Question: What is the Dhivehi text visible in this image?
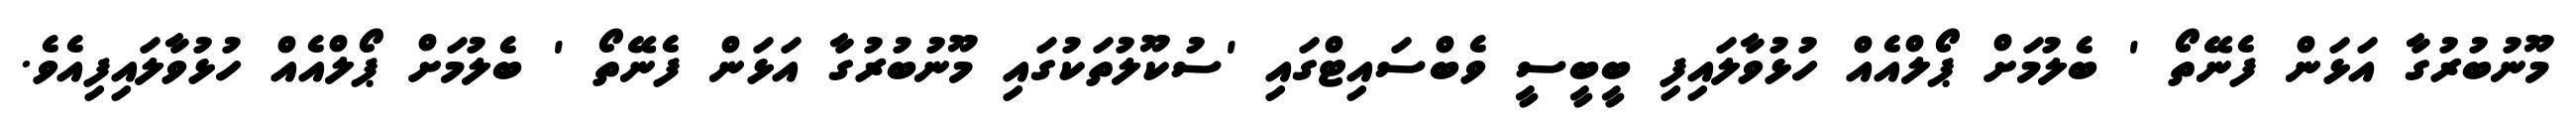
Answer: މޫނުބުރުގާ އަޅަން ފެނޭތޯ ' ބެލުމަށް ޕޯލްއެއް ހުޅުވާލައިފި ބީބީސީ ވެބްސައިޓްގައި 'ސުކޫލުތަކުގައި މޫނުބުރުގާ އަޅަން ފެނޭތޯ ' ބެލުމަށް ޕޯލްއެއް ހުޅުވާލައިފިއެވެ.